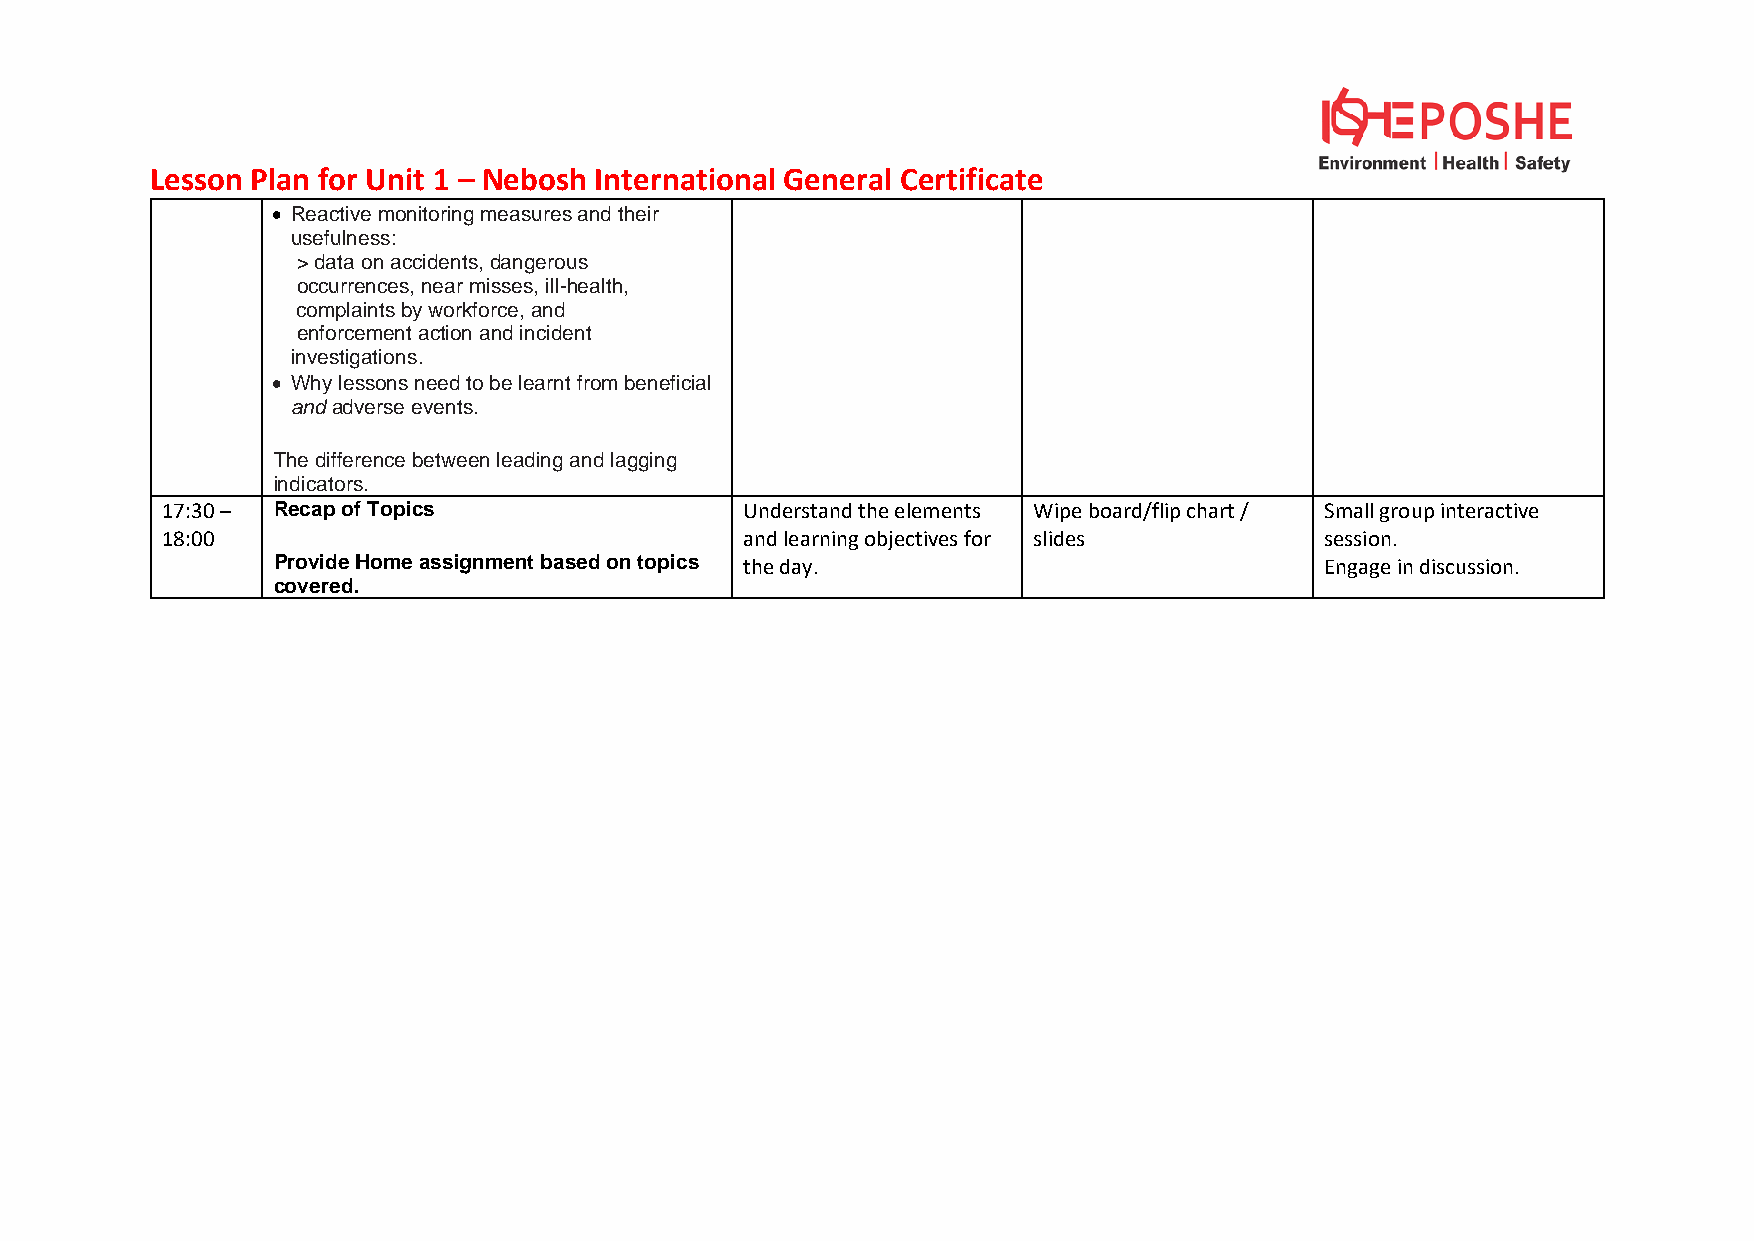
Lesson Plan for Unit 1 – Nebosh International General Certificate
 • Reactive monitoring measures and their
 usefulness:
 > data on accidents, dangerous
 occurrences, near misses, ill-health,
 complaints by workforce, and
 enforcement action and incident
 investigations.
 • Why lessons need to be learnt from beneficial
 and adverse events.
 The difference between leading and lagging
 indicators.
 17:30 – Recap of Topics               Understand the elements Wipe board/flip chart / Small group interactive
 18:00                                 and learning objectives for slides     session.
 Provide Home assignment based on topics the day.                      Engage in discussion.
 covered.